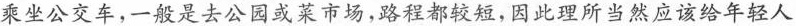
乘坐公交车，一般是去公园或菜市场，路程都较短，因此理所当然应该给年轻人